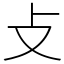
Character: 攴